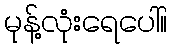
မုန့်လုံးရေပေါ်။